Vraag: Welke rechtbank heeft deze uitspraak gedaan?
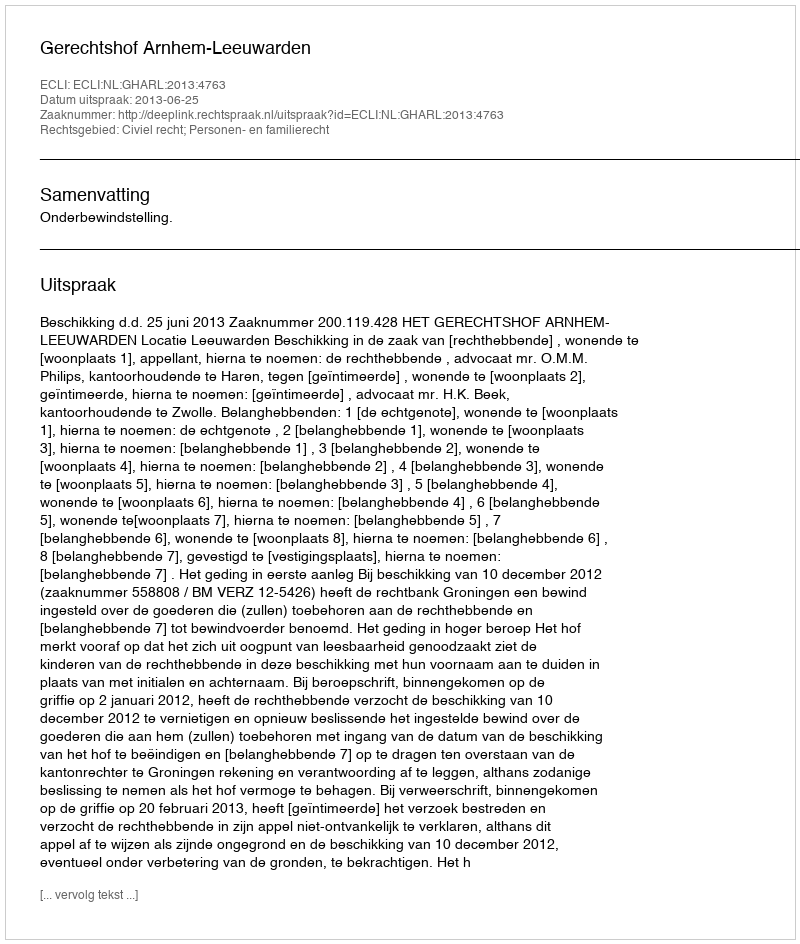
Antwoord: Gerechtshof Arnhem-Leeuwarden